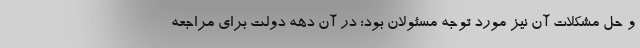
و حل مشکلات آن نیز مورد توجه مسئولان بود؛ در آن دهه دولت برای مراجعه